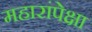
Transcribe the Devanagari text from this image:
महारांपेक्षा